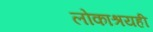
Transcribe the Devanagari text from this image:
लोकाश्रयही